Annual report of the Punjab Veterinary College and of the Civil Veterinary Department, Punjab - 1909-1919
Year: 1909
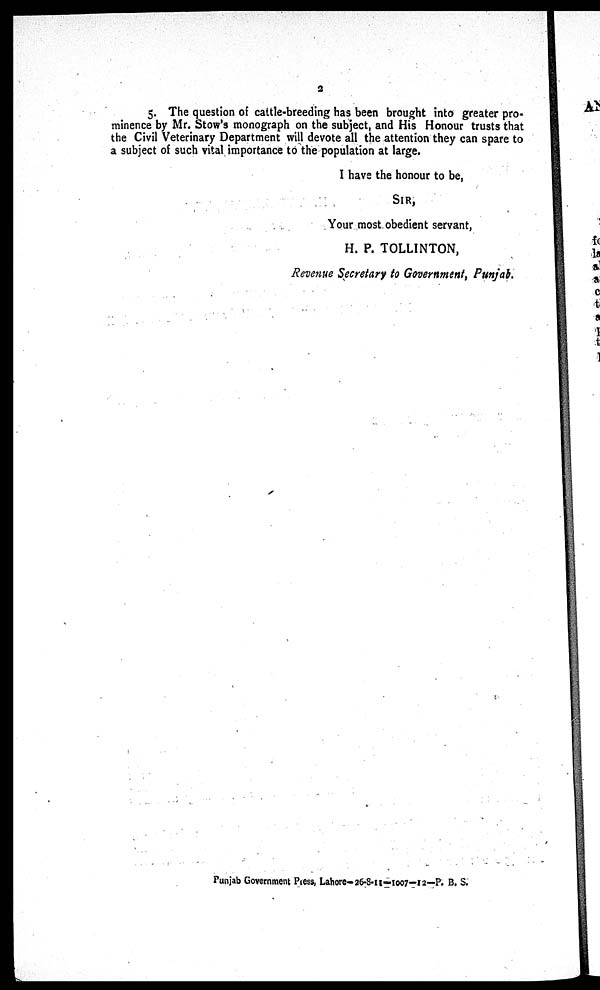
2
5. The question of cattle-breeding has been brought into greater pro-
minence by Mr. Stow's monograph on the subject, and His Honour trusts that
the Civil Veterinary Department will devote all the attention they can spare to
a subject of such vital importance to the population at large.
I have the honour to be,
SIR,
Your most obedient servant,
H. P. TOLLINTON,
Revenue Secretary to Government, Punjab.
Punjab Government Press, Lahore-26-8-11—1007—12—P. B. S.